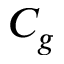
C _ { g }